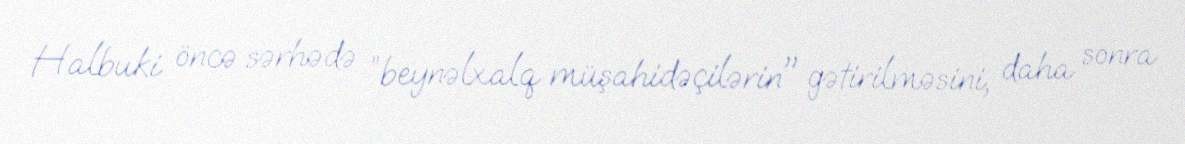
Halbuki öncə sərhədə ”beynəlxalq müşahidəçilərin" gətirilməsini, daha sonra